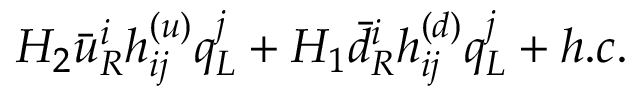
H _ { 2 } \bar { u } _ { R } ^ { i } h _ { i j } ^ { ( u ) } q _ { L } ^ { j } + H _ { 1 } \bar { d } _ { R } ^ { i } h _ { i j } ^ { ( d ) } q _ { L } ^ { j } + h . c .